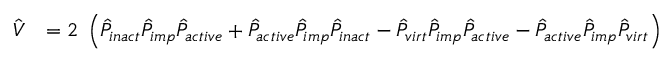
\begin{array} { r l } { \hat { V } } & { = 2 \ \left( \hat { P } _ { i n a c t } \hat { P } _ { i m p } \hat { P } _ { a c t i v e } + \hat { P } _ { a c t i v e } \hat { P } _ { i m p } \hat { P } _ { i n a c t } - \hat { P } _ { v i r t } \hat { P } _ { i m p } \hat { P } _ { a c t i v e } - \hat { P } _ { a c t i v e } \hat { P } _ { i m p } \hat { P } _ { v i r t } \right) } \end{array}